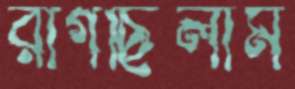
রাগছিলাম